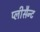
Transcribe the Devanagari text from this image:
प्लीसैन्ट